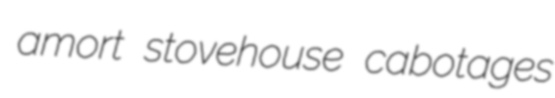
amort stovehouse cabotages